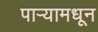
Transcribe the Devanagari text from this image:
पाऱ्यामधून